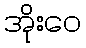
အိုးဝေ